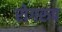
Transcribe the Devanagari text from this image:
रोगरुप